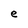
Character: e